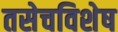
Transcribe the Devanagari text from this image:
तसेचविशेष